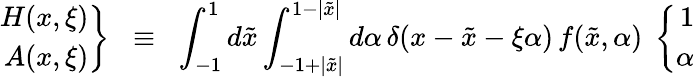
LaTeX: \left.\begin{array}{r}{{H(x,\xi)}}\\ {{A(x,\xi)}}\end{array}\right\} \; \; \equiv\; \; \int_{-1}^{1}d\tilde{x}\int_{-1+|\tilde{x}|}^{1-|\tilde{x}|}d\alpha\, \delta(x-\tilde{x}-\xi\alpha)\, f(\tilde{x},\alpha)\; \left\{ \begin{array}{r}{{1}}\\ {{\alpha}}\end{array}\right.